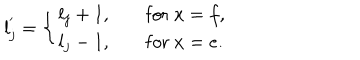
l _ { j } ^ { ' } = \left\{ \begin{array} { l l } { { l _ { j } + 1 , } } & { { \quad \mathrm { f o r } \ x = f , } } \\ { { l _ { j } - 1 , } } & { { \quad \mathrm { f o r } \ x = e . } } \\ \end{array} \right.